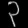
Digit: ၃